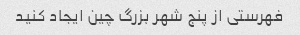
فهرستی از پنج شهر بزرگ چین ایجاد کنید